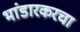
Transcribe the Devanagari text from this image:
भांडारकरचा